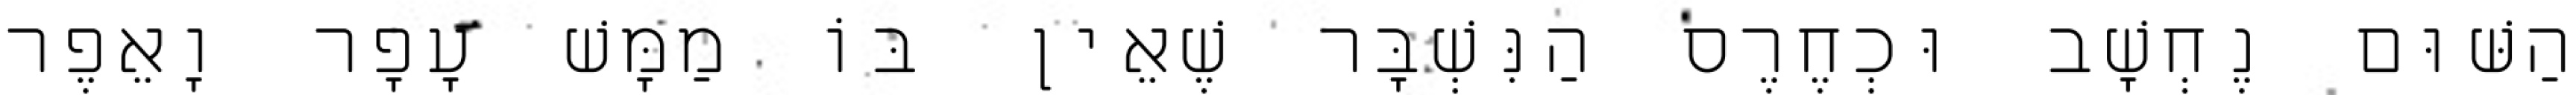
הַשּׁוּם נֶחְשָׁב וּכְחֶרֶס הַנִּשְׁבָּר שֶׁאֵין בּוֹ מַמָּשׁ עָפָר וָאֵפֶר